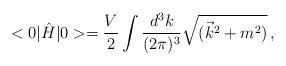
LaTeX: \begin{align*}<0|\hat{H}|0>=\frac{V}{2} \int \frac{d^3 k}{(2\pi)^3}\sqrt{(\vec{k}^2+m^2)}\,,\end{align*}